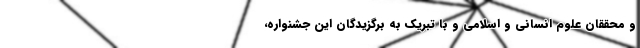
و محققان علوم انسانی و اسلامی و با تبریک به برگزیدگان این جشنواره،